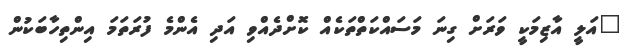
"އަލީ އާޒިމަކީ ވަރަށް ގިނަ މަސައްކަތްތަކެއް ކޮށްދެއްވި އަދި އެންމެ ފުރަތަމަ އިންތިހާބަކުން